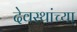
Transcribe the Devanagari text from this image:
देवस्थांच्या